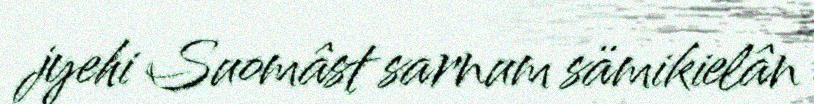
jyehi Suomâst sarnum sämikielân